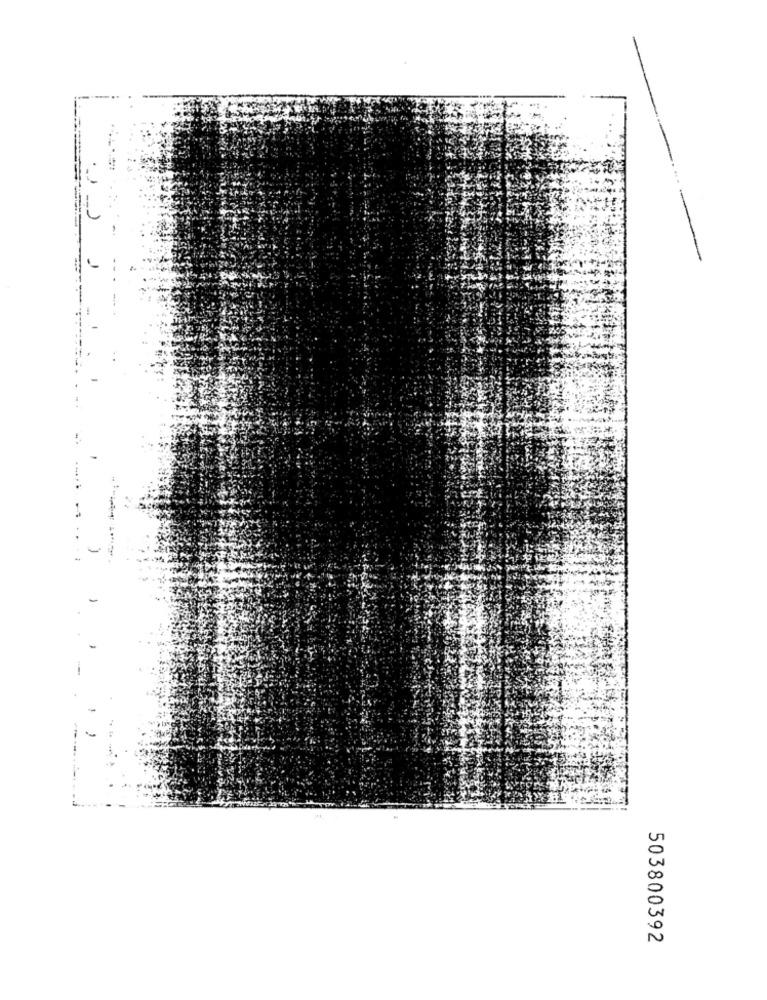
503800392